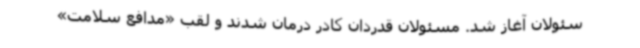
سئولان آغاز شد. مسئولان قدردان کادر درمان شدند و لقب «مدافع سلامت»